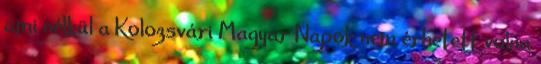
ami nélkül a Kolozsvári Magyar Napok nem érhetett volna